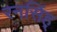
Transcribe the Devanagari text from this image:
रनसिंह्